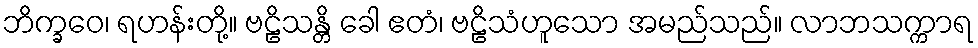
ဘိက္ခဝေ၊ ရဟန်းတို့။ ဗဠိသန္တိ ခေါ ဧတံ၊ ဗဠိသံဟူသော အမည်သည်။ လာဘသက္ကာရ